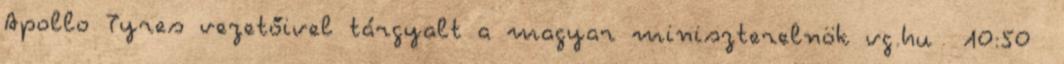
Apollo Tyres vezetőivel tárgyalt a magyar miniszterelnök vg.hu 10:50